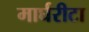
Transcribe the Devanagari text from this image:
मार्घरीटा